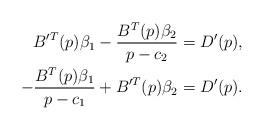
LaTeX: \begin{align*}B'^{T}(p)\beta_{1}-\frac{B^{T}(p)\beta_{2}}{p-c_{2}} & =D'(p),\\-\frac{B^{T}(p)\beta_{1}}{p-c_{1}}+B'^{T}(p)\beta_{2} & =D'(p).\end{align*}